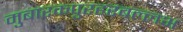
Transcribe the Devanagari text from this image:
मुबारकपुरहरबल्लभ